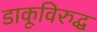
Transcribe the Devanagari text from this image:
डाकूविरुद्ध